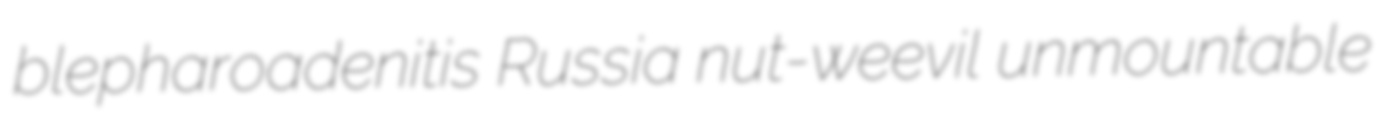
blepharoadenitis Russia nut-weevil unmountable